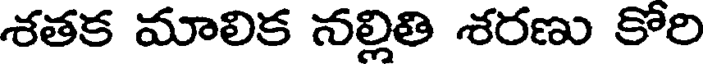
శతక మాలిక నల్లితి శరణు కోరి